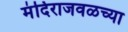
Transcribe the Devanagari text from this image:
मंदिराजवळच्या